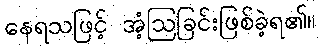
နေရသဖြင့် အံ့ဩခြင်းဖြစ်ခဲ့ရ၏။